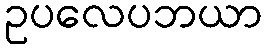
ဥပလေပဘယာ